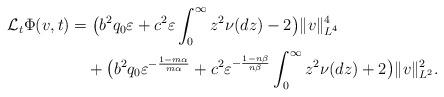
LaTeX: \begin{align*}\mathcal{L}_{t}\Phi(v,t)&=\big(b^{2}q_{0}\varepsilon+c^{2}\varepsilon\int_{0}^{\infty}z^{2}\nu(dz)-2\big)\|v\|^{4}_{L^{4}}\\&\quad+\big(b^{2}q_{0}\varepsilon^{-\frac{1-m\alpha}{m\alpha}}+c^{2}\varepsilon^{-\frac{1-n\beta}{n\beta}}\int_{0}^{\infty}z^{2}\nu(dz)+2\big)\|v\|^{2}_{L^{2}}.\end{align*}